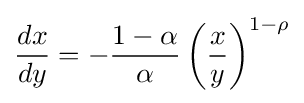
{\frac {dx}{dy}}=-{\frac {1-\alpha }{\alpha }}\left({\frac {x}{y}}\right)^{1-\rho }